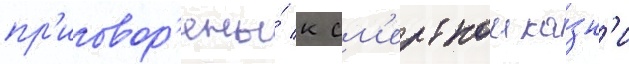
пр'иговор'ены́ к см'ертнои ка́зн'и